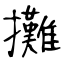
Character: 攤